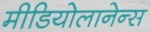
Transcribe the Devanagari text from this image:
मीडियोलानेन्स